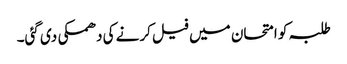
طلبہ کو امتحان میں فیل کرنے کی دھمکی دی گئی۔